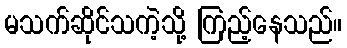
မသက်ဆိုင်သကဲ့သို့ ကြည့်နေသည်။